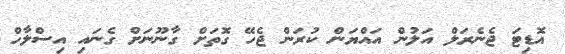
އޮޑިޓަ ޖެނެރަލް އަލުން އައްޔަން ކުރަން ޖެހޭ ގޮތަށް ގާނޫނަށް ގެނައި އިސްލާހް